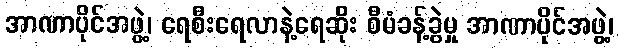
အာဏာပိုင်အဖွဲ့၊ ရေစီးရေလာနဲ့ရေဆိုး စီမံခန့်ခွဲမှု အာဏာပိုင်အဖွဲ့၊